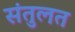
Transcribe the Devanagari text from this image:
संतुलत